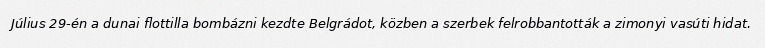
Július 29-én a dunai flottilla bombázni kezdte Belgrádot, közben a szerbek felrobbantották a zimonyi vasúti hidat.